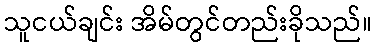
သူငယ်ချင်း အိမ်တွင်တည်းခိုသည်။